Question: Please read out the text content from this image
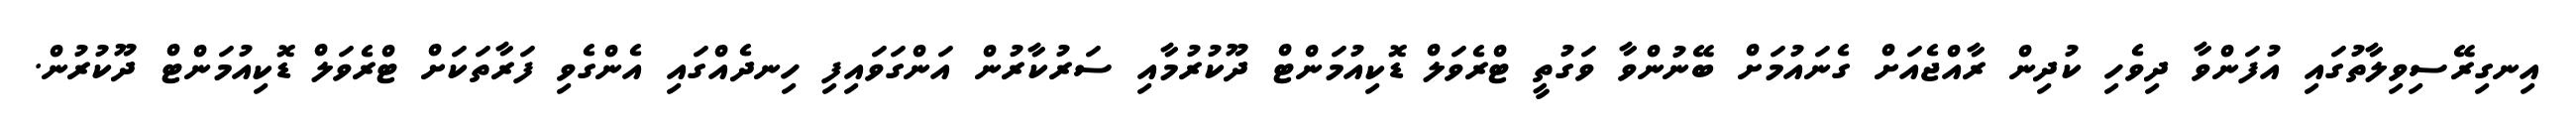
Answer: އިނގިރޭސިވިލާތުގައި އުފަންވާ ދިވެހި ކުދިން ރާއްޖެއަށް ގެނައުމަށް ބޭނުންވާ ވަގުތީ ޓްރެވަލް ޑޮކިއުމަންޓް ދޫކުރުމާއި ސަރުކާރުން އަންގަވައިފި ހިނދެއްގައި އެންގެވި ފަރާތަކަށް ޓްރެވަލް ޑޮކިއުމަންޓް ދޫކުރުން.